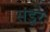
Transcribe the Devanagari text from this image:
संडूर